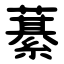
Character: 藄